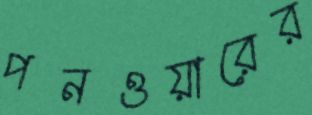
পনওয়ারের